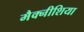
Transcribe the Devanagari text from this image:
मैक्नीशिया